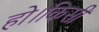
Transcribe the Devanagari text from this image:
हो।किसी